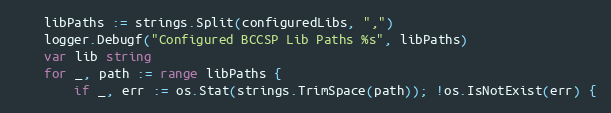
Language: Go
	libPaths := strings.Split(configuredLibs, ",")
	logger.Debugf("Configured BCCSP Lib Paths %s", libPaths)
	var lib string
	for _, path := range libPaths {
		if _, err := os.Stat(strings.TrimSpace(path)); !os.IsNotExist(err) {